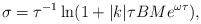
LaTeX: \begin{align*}\sigma=\tau^{-1} \ln(1+|k| \tau B M e^{\omega \tau}),\end{align*}